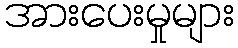
အားပေးမှုများ